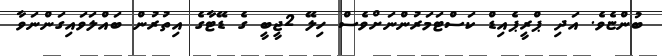
ބުންޏެވެ. އަދި ޕްރީޕެއިޑް ކަސްޓަމަރުންނަށްވެސް ހިލޭ 2ޖީބީ ގެ ޑޭޓާގެ އިތުރުން ބައްލަވައިގަންނަވާ